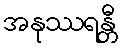
အနုဿရန္တီ